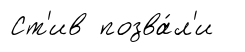
Ст'ив позва́л'и